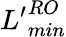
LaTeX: {L^{\prime}}_{min}^{RO}